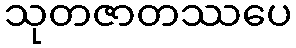
သုတဇာတဿပေ